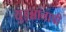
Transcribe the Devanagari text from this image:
युइन्नानाची